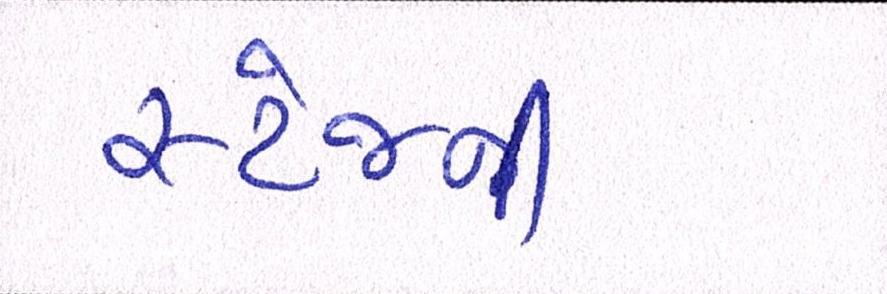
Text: સ્ટેજની